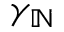
\gamma _ { \mathbb { N } }